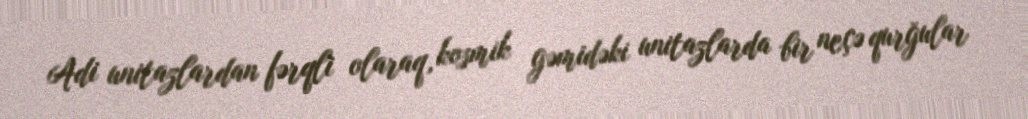
Adi unitazlardan fərqli olaraq, kosmik gəmidəki unitazlarda bir neçə qurğular